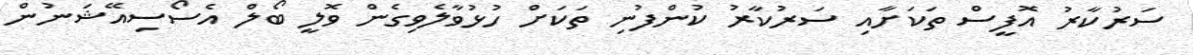
ސަރުކާރު އޮފީސް ތަކަށާއި ސަރުކާރު ކުންފުނި ތަކަށް ހުޅުވާލެވިގެން ވޮލީ ބޯލް އެސޯސިއޭޝަނުން